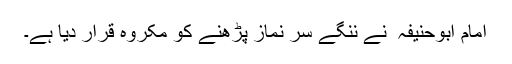
امام ابوحنیفہ ؒ نے ننگے سر نماز پڑھنے کو مکروہ قرار دیا ہے۔